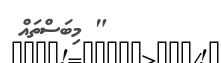
" މިބަސްތައް